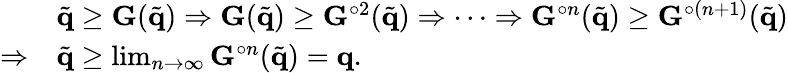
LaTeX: \begin{array}{rl}&{\tilde{\mathbf{q}}\geq\mathbf{G}(\tilde{\mathbf{q}})\Rightarrow\mathbf{G}(\tilde{\mathbf{q}})\geq\mathbf{G}^{\circ 2}(\tilde{\mathbf{q}})\Rightarrow\cdots\Rightarrow\mathbf{G}^{\circ n}(\tilde{\mathbf{q}})\geq\mathbf{G}^{\circ(n+1)}(\tilde{\mathbf{q}})}\\ {\Rightarrow}&{\tilde{\mathbf{q}}\geq\operatorname*{lim}_{n\to\infty}\mathbf{G}^{\circ n}(\tilde{\mathbf{q}})=\mathbf{q}.}\end{array}